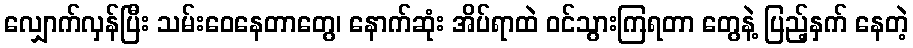
လျှောက်လှန်ပြီး သမ်းဝေနေတာတွေ၊ နောက်ဆုံး အိပ်ရာထဲ ဝင်သွားကြရတာ တွေနဲ့ ပြည့်နှက် နေတဲ့